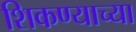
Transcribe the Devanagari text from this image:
शिकण्याच्‍या